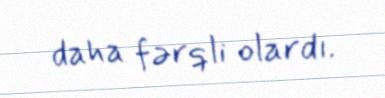
daha fərqli olardı.